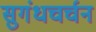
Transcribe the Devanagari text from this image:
सुगंधचर्चन